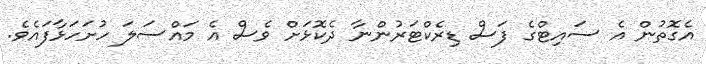
އެގޮތުން އެ ސައިޓްގެ ފަސް ޑިރެކްޓަރުންނާ ދެކޮޅަށް ވެސް އެ މައްސަލަ ހުށަހަޅާފައެވެ.